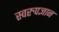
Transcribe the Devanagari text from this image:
स्वरुपज्ञान